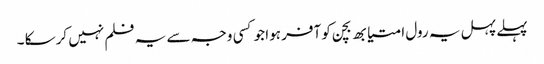
پہلے پہل یہ رول امتیابھ بچن کو آفر ہوا جو کسی وجہ سے یہ فلم نہیں کرسکا ۔